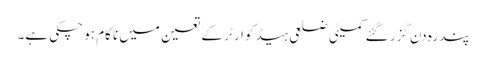
پندرہ دن گزر گئے کمیٹی ضلعی ہیڈ کوارٹر کے تعین میں ناکام ہو چکی ہے۔